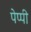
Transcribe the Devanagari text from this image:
पेप्पी